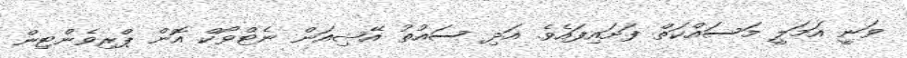
ވަނީ އަމަލީ މަސައްކަތް ފަށައިފައެވެ. އަދި ސައުތު އޭޝިއަން ނެޓްވޯކް އޮން ޕްރިވެންޓިން